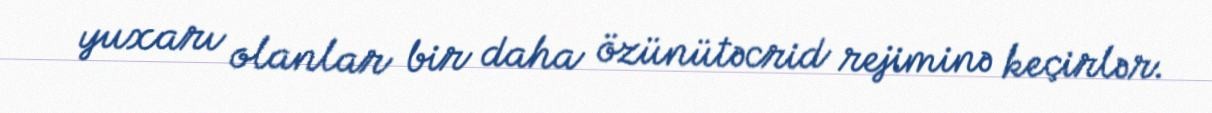
yuxarı olanlar bir daha özünütəcrid rejiminə keçirlər.